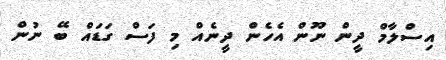
އިސްލާމް ދީން ނޫން އެހެން ދީނެއް މި ފަސް ގަޑައް ބޭ ނުން